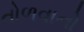
તોળવાનો